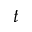
t